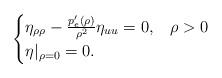
LaTeX: \begin{align*}\begin{cases}\eta_{\rho\rho}-\frac{p_e'(\rho)}{\rho^2}\eta_{uu}=0, &\rho>0\\\eta|_{\rho=0}=0. & \end{cases}\end{align*}